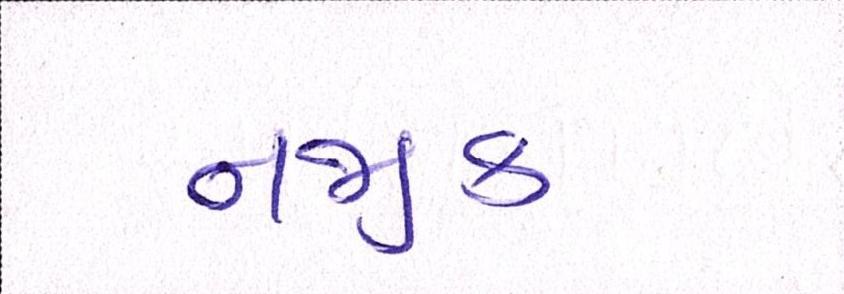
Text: નજીક